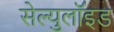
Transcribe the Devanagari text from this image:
सेल्युलॉइड